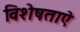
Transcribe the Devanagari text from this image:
विशेषताऐ